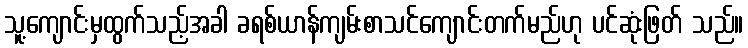
သူ့ကျောင်းမှထွက်သည့်အခါ ခရစ်ယာန်ကျမ်းစာသင်ကျောင်းတက်မည်ဟု ပင်ဆုံးဖြတ် သည်။